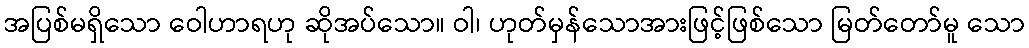
အပြစ်မရှိသော ဝေါဟာရဟု ဆိုအပ်သော။ ဝါ၊ ဟုတ်မှန်သောအားဖြင့်ဖြစ်သော မြတ်တော်မူ သော